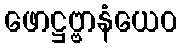
ဖောဋ္ဌဗ္ဗာနံယေဝ